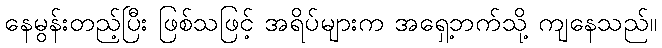
နေမွန်းတည့်ပြီး ဖြစ်သဖြင့် အရိပ်များက အရှေ့ဘက်သို့ ကျနေသည်။